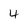
Character: 4